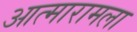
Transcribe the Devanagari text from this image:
आत्मारामला